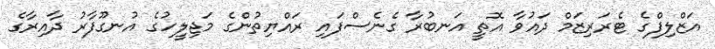
އަޒްލިފްގެ ޓެރަރިޒަމް ދައުވާ އޮތީ އަނބުރާ ގެނެސްފައި ރައްޔިތުންގެ މަޖިލީހުގެ އުނގޫފާރު ދާއިރާގެ